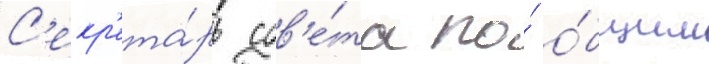
С'екр'ета́рь сов'е́та по́ о́бщим